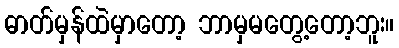
ဓာတ်မှန်ထဲမှာတော့ ဘာမှမတွေ့တော့ဘူး။